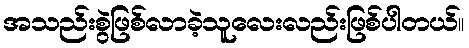
အသည်းစွဲဖြစ်လာခဲ့သူလေးလည်းဖြစ်ပါတယ်။